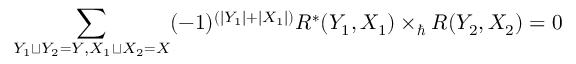
\sum _ { Y _ { 1 } \sqcup Y _ { 2 } = Y , X _ { 1 } \sqcup X _ { 2 } = X } ( - 1 ) ^ { ( | Y _ { 1 } | + | X _ { 1 } | ) } R ^ { * } ( Y _ { 1 } , X _ { 1 } ) \times _ { \hbar } R ( Y _ { 2 } , X _ { 2 } ) = 0